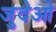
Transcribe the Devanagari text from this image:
जुदेओ